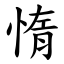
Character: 惰